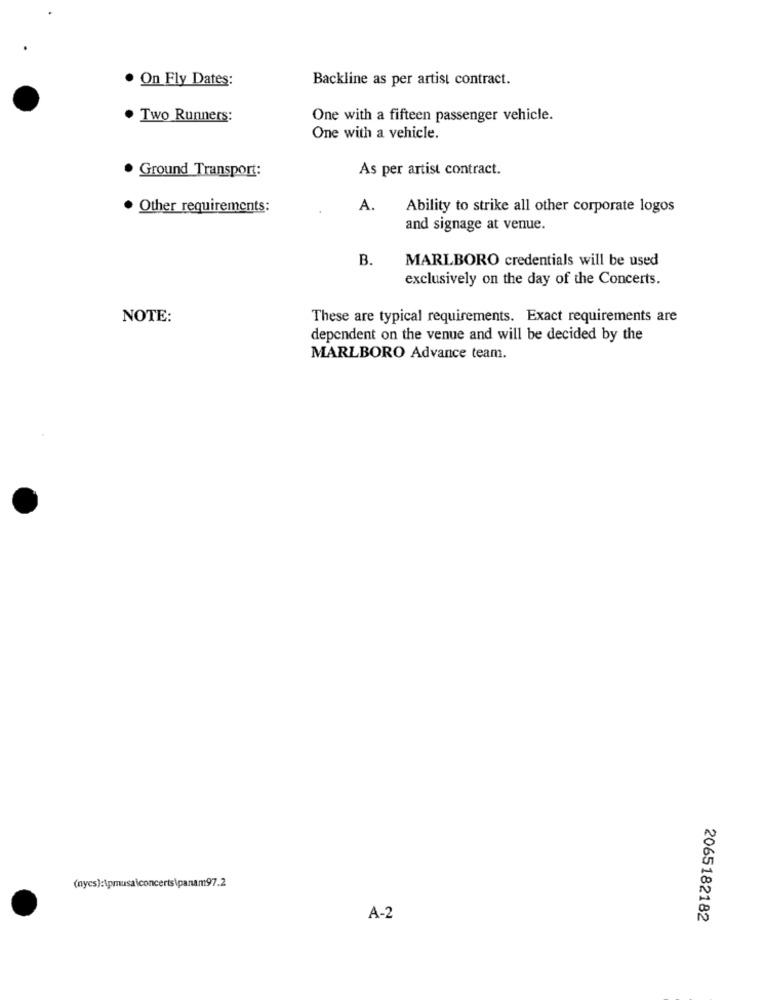
· On Fly Dates:
Backline as per artist contract.
Two Runners:
One with a fifteen passenger vehicle.
One with a vehicle.
. Ground Transport:
As per artist contract.
. Other requirements:
A.
Ability to strike all other corporate logos
and signage at venue.
B.
MARLBORO credentials will be used
exclusively on the day of the Concerts.
NOTE:
These are typical requirements. Exact requirements are
dependent on the venue and will be decided by the
MARLBORO Advance team.
(nycs):\pmusaiconcerts\panam97.2
A-2
2065182182